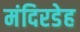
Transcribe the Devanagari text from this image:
मंदिरडेह